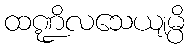
ထဏ္ဍိလသေယျမ္ပိ